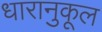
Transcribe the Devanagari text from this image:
धारानुकूल